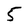
Character: 5